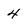
Character: 4